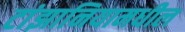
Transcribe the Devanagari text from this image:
टांझानियामधील